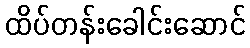
ထိပ်တန်းခေါင်းဆောင်